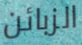
الزبائن